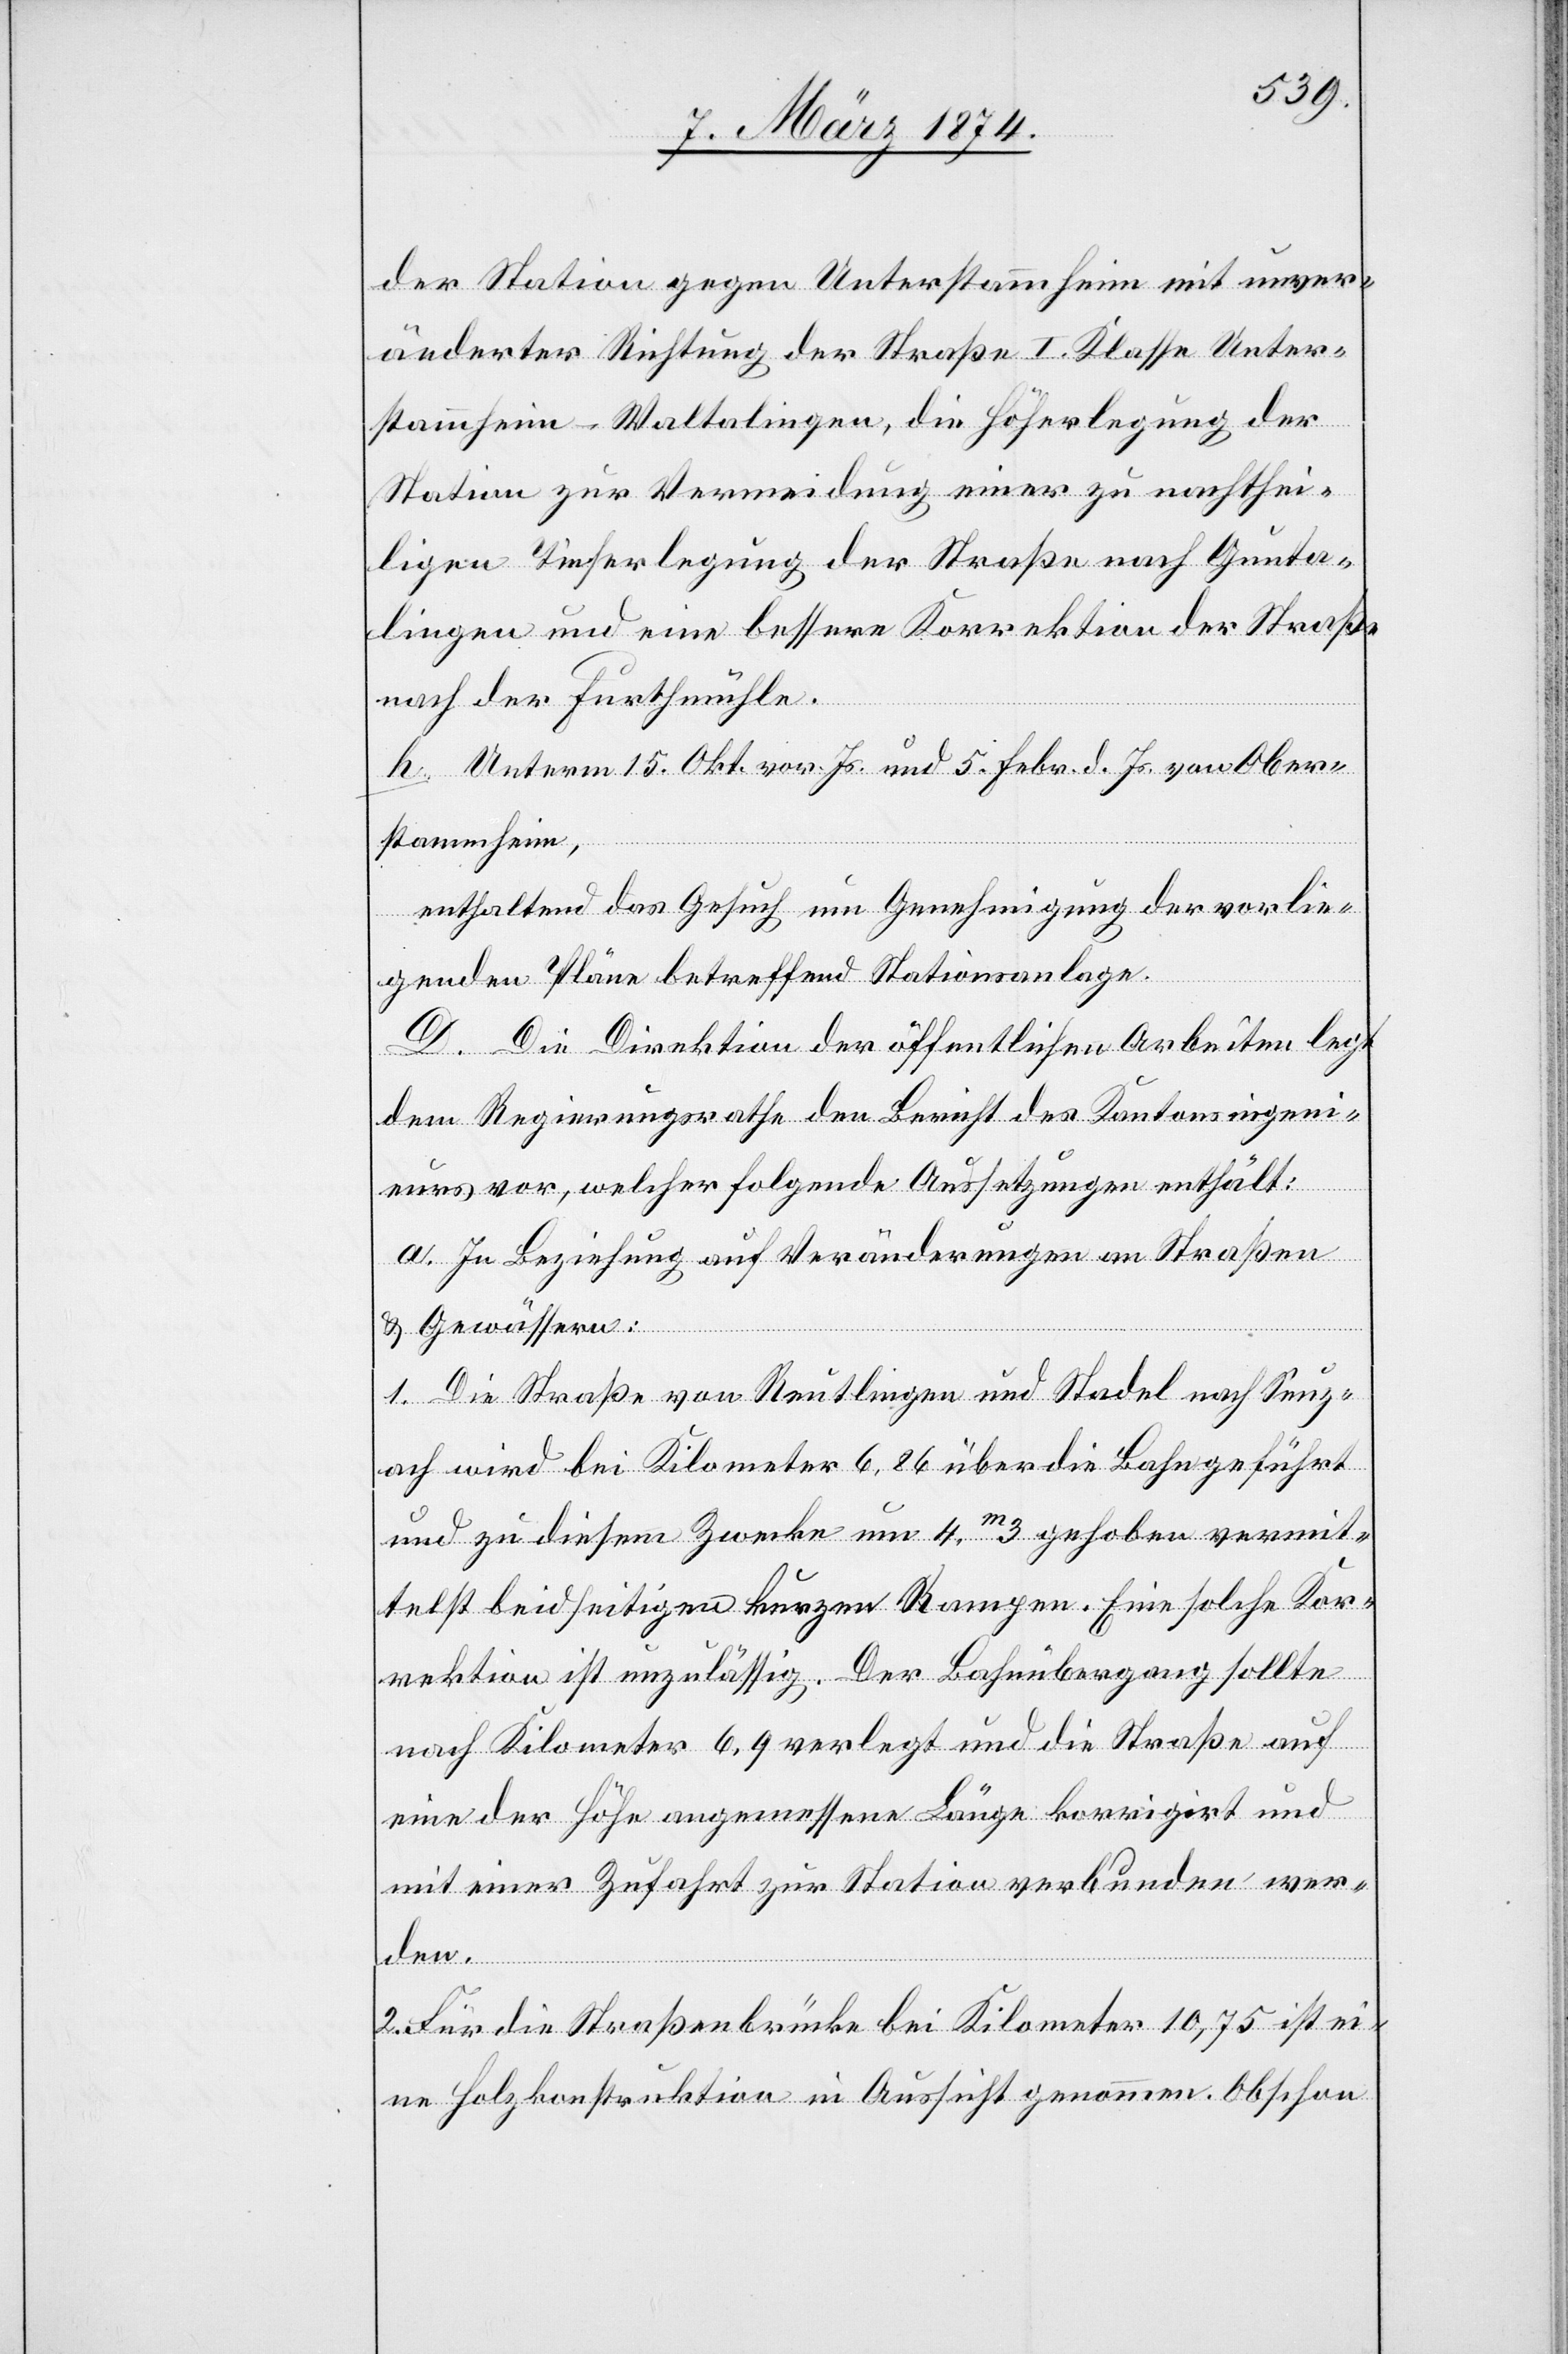
der Station gegen Unterstammheim mit unver¬
änderter Richtung der Straße I. Klasse Unter¬
stammheim-Waltalingen, die Höherlegung der
Station zur Vermeidung einer zu nachthei¬
ligen Tieferlegung der Straße nach Gunta¬
lingen und eine bessere Korrektion der Straße
nach der Furthmühle.
h. Unterm 15. Okt. vor. Js. und 5. Febr. d. Js. von Ober¬
stammheim,
enthaltend das Gesuch um Genehmigung der vorlie¬
genden Pläne betreffend Stationsanlage.
D. Die Direktion der öffentlichen Arbeiten legt
dem Regierungsrathe den Bericht des Kantonsingeni¬
eurs vor, welcher folgende Aussetzungen enthält:
a. In Beziehung auf Veränderungen an Straßen
u. Gewässern:
1. Die Straße von Reutlingen und Stadel nach Seuz¬
ach wird bei Kilometer 6,86 über die Bahn geführt
und zu diesem Zwecke um 4.m 3 gehoben vermit¬
telst beidseitigen kurzen Rampen. Eine solche Kor¬
rektion ist unzulässig. Der Bahnübergang sollte
nach Kilometer 6.9 verlegt und die Straße auf
eine der Höhe angemessene Länge korrigirt und
mit einer Zufahrt zur Station verbunden wer¬
den.
2. Für die Straßenbrücke bei Kilometer 10,75 ist ei¬
ne Holzkonstruktion in Aussicht genommen. Obschon